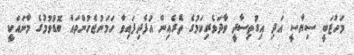
މަހުޒަބީ ސިޔާސީ އަދި އިގުތިސާދީ ވާދަވެރިކަމުގެ ތެރެއިން އުފެދިފައިވާ ހަމަނުޖެހުންތައް ބޮޑުވުމުގެ މާނައަކީ